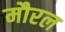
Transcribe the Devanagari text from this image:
मौरल